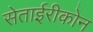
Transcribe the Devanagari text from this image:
सेताईरीकोन